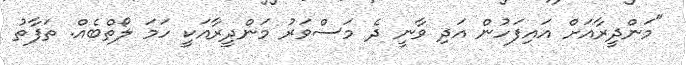
"މަންދީރާއަށް އައިފަހުން އަދި ވާނީ ދެ މަސްވަރު މަންދީރާއަކީ ހަމަ ލޯތްބެއް. ތަފާތު